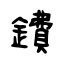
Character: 鐨